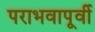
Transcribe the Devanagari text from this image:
पराभवापूर्वी